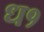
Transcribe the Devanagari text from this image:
ध१